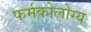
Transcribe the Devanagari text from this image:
फर्मकोलोग्य